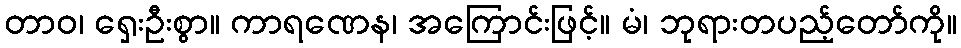
တာဝ၊ ရှေးဦးစွာ။ ကာရဏေန၊ အကြောင်းဖြင့်။ မံ၊ ဘုရားတပည့်တော်ကို။